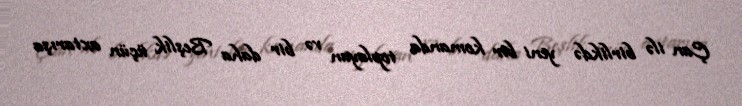
Çan ilə birlikdə yeni bir komanda toplayan və bir daha Beşlik üçün axtarışa